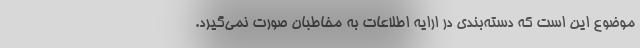
موضوع این است که دسته‌بندی در ارایه اطلاعات به مخاطبان صورت نمی‌گیرد.